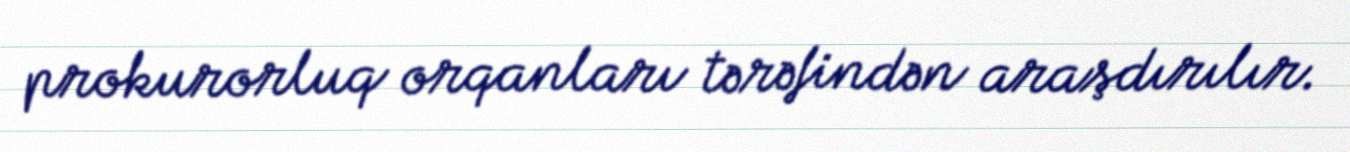
prokurorluq orqanları tərəfindən araşdırılır.